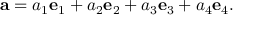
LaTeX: \mathbf { a } = a _ { 1 } \mathbf { e } _ { 1 } + a _ { 2 } \mathbf { e } _ { 2 } + a _ { 3 } \mathbf { e } _ { 3 } + a _ { 4 } \mathbf { e } _ { 4 } .